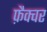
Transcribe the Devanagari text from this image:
फ़ैक्चर